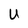
Character: U